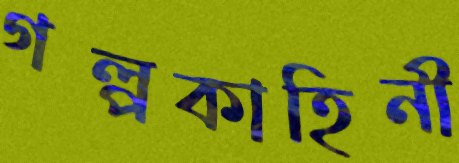
গল্পকাহিনী